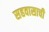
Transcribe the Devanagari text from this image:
सहवासाची